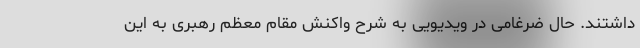
داشتند. حال ضرغامی در ویدیویی به شرح واکنش مقام معظم رهبری به این